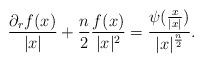
LaTeX: \begin{align*} \frac{\partial_rf(x)}{|x|} + \frac{n}{2} \frac{f(x)}{|x|^2} = \frac{\psi(\frac{x}{|x|})}{|x|^{\frac{n}{2}}}.\end{align*}